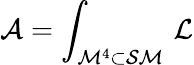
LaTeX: {\cal A}=\int_{{\cal M}^{4}\subset{\cal SM}}\, {\cal L}